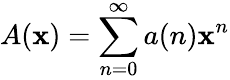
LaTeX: A(\mathbf{x})=\sum_{n=0}^{\infty}a(n)\mathbf{x}^{n}